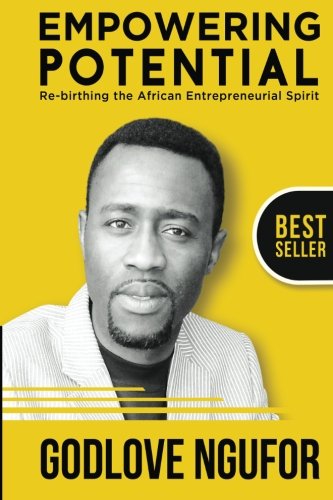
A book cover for Empowering Potential: Re-Birthing The African Entrepreneurial Spirit; Godlove Ngufor; Business & Money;